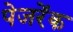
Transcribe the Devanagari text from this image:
पेजरेंक